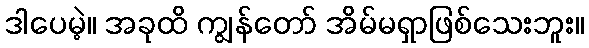
ဒါပေမဲ့။ အခုထိ ကျွန်တော် အိမ်မရှာဖြစ်သေးဘူး။